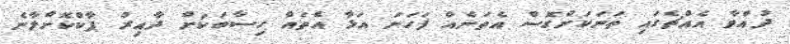
ދުއްވާ އެއްޗެގައި ތަނަކަށްގޮސް އެތަނެއް ފަހަނަ އަޅާ އެތައް ހިސާބަކަށް ދާއިރު ޕާކްކޮށްލާނެ